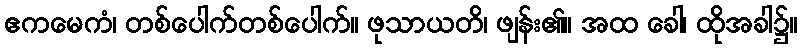
ဧကမေကံ၊ တစ်ပေါက်တစ်ပေါက်။ ဖုသာယတိ၊ ဖျန်း၏။ အထ ခေါ၊ ထိုအခါ၌။